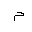
Letter: _mim